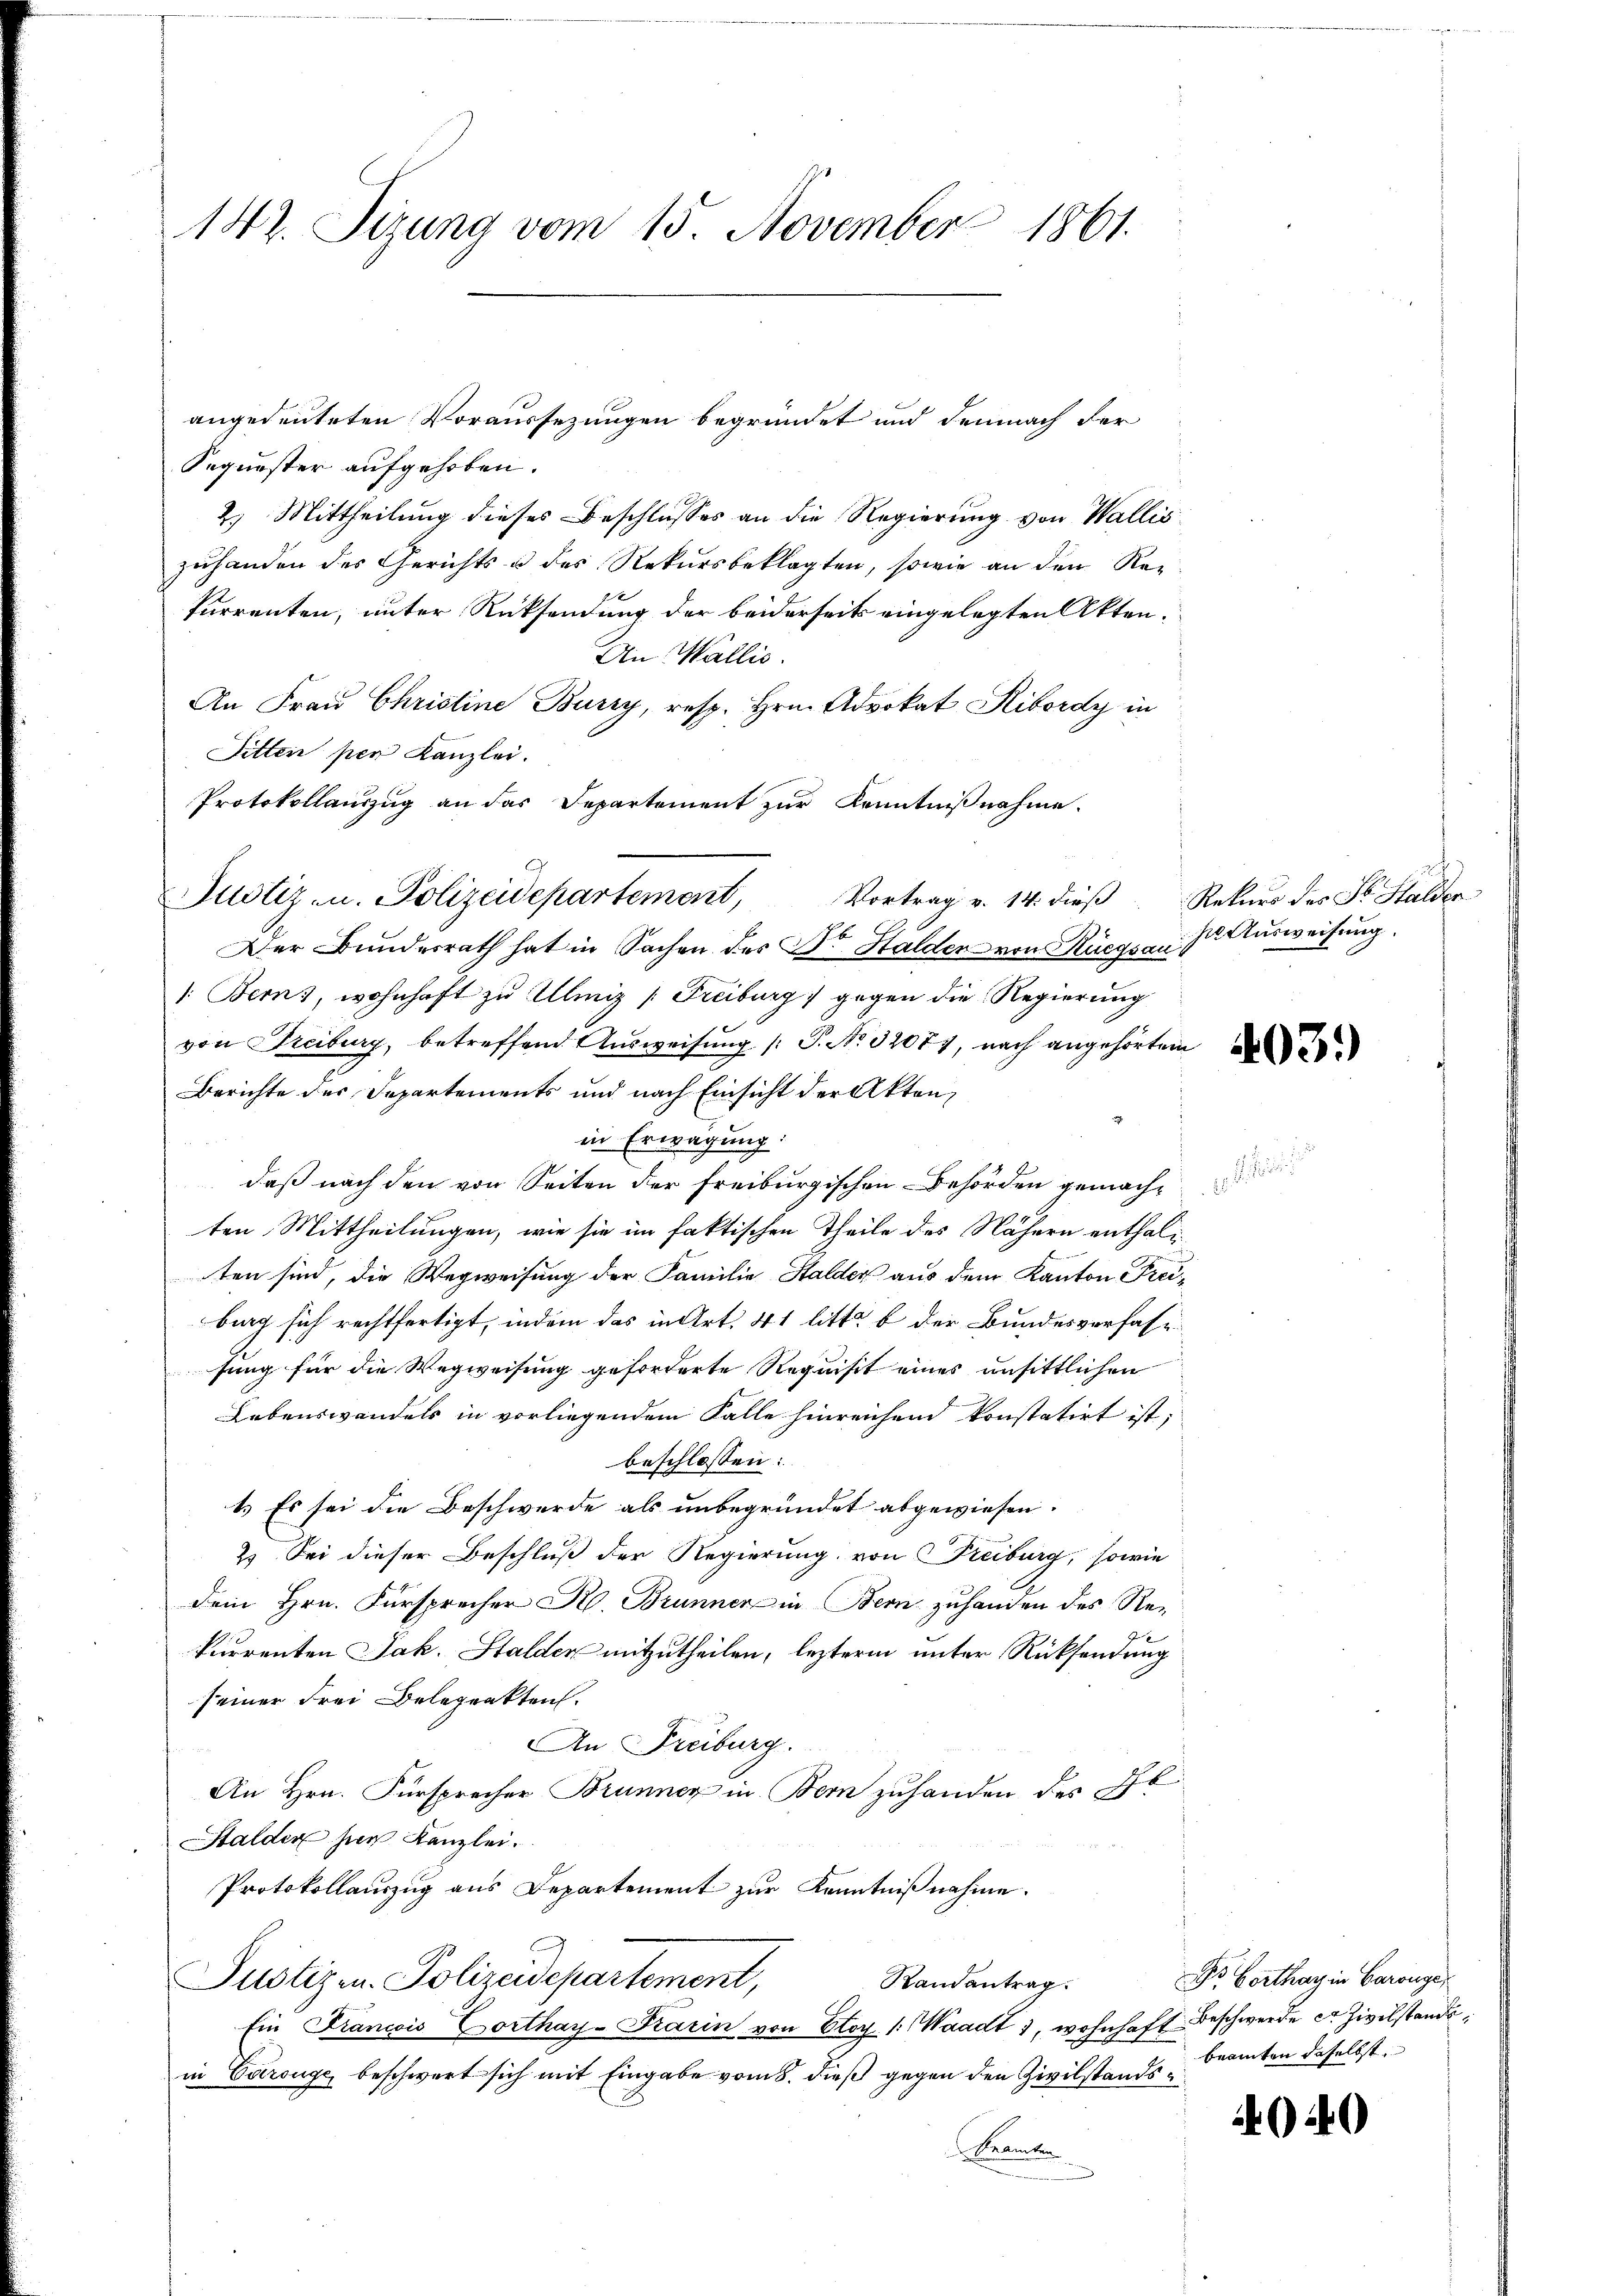
142. Sizung vom 15. November 1861.

Sequester aufgehoben.
2.) Mittheilung dieses Beschlusses an die Regierung von Wallis
zuhanden des Gerichts u des Rekursbeklagten, sowie an den Rekurrenten, unter Rücksendung der beiderseits eingelegten Akten.
An Wallis.
An Frau Christine Burzy, resp. Hrn. Advokat Kibordy in
Sitten per Kanzlei.
Protokollauszug an das Departement zur Kenntnißnahme.
Der Bunderrath hat in Sachen des Dr. Halder von Rüegsau¬
1. Berns, wohnhaft zu Ulmiz (Freiburg gegen die Regierung
von Freiburg, betreffend Ausweisung /: P. Nr. 32077, nach angehörten
Berichte des Departements und nach Einsicht der Akten,
in Erwägung:
daß nach den von Seiten der freiburgischen Behörden gemachten Mittheilungen, wie sie im faktischen Theile des Nähern enthaliten sind, die Wegweisung der Familie Stalder aus dem Kanton Freiburg sich rechtfertigt, indem das in Art. 41 litt. b der Bundesverfahr
fung für die Wegweisung geforderte Requisit eines unsittlichen
Lebenswandels in vorliegendem Falle hinreichen konstatirt ist,
beschlossen:
1.) Es sei die Beschwerde als unbegründet abgewiesen.
2. Sei dieser Beschluß der Regierung von Freiburg, sowie
Dem Hrn. Fürsprecher R. Brunner in Bern zuhanden des Rekurrenten Jak. Stalden mitzutheilen, lezterm unter Rücksendung
seiner Frei Belegenkten.
An Freiburg.
An Hrn. Fürsprecher Brunner in Bern zuhanden des St
Halder hier Kanzlei.
Protokollauszug aus Departement zur Kenntnißnahme.
Justizen. Polizeidepartement,
Randantrag.
Ein Krancis Dorthay-Frarin von Gloy 1: Waadt 1, wohnhaft Beschwerde er Zivilstandsin Carouge, beschwert sich mit Eingabe vom 8. dieß gegen den Zivilstands¬
Beamten

Justiz- u. Polizeidepartement, Vortrag v. 14. dieβ.  Rekurs des St. Stalder

angedeuteten Voraussezungen begründet und demnach der

se Ausweisung.

.

Dr. Horthay in Baronge
beamten daselbst.

4040